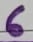
Text: 6